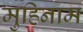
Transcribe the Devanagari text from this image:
मुहिनाम